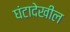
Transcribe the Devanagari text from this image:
घंटादेखील